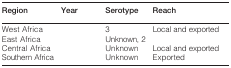
<table><thead><tr><td><b>Region</b></td><td><b>Year</b></td><td><b>Serotype</b></td><td><b>Reach</b></td></tr></thead><tbody><tr><td>West Africa</td><td>[EMPTY_CELL]</td><td>3</td><td>Local and exported</td></tr><tr><td>East Africa</td><td>[EMPTY_CELL]</td><td>Unknown, 2</td><td>[EMPTY_CELL]</td></tr><tr><td>Central Africa</td><td>[EMPTY_CELL]</td><td>Unknown</td><td>Local and exported</td></tr><tr><td>Southern Africa</td><td>[EMPTY_CELL]</td><td>Unknown</td><td>Exported</td></tr></tbody></table>